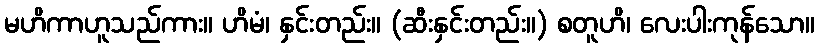
မဟိကာဟူသည်ကား။ ဟိမံ၊ နှင်းတည်း။ (ဆီးနှင်းတည်း။) စတူဟိ၊ လေးပါးကုန်သော။